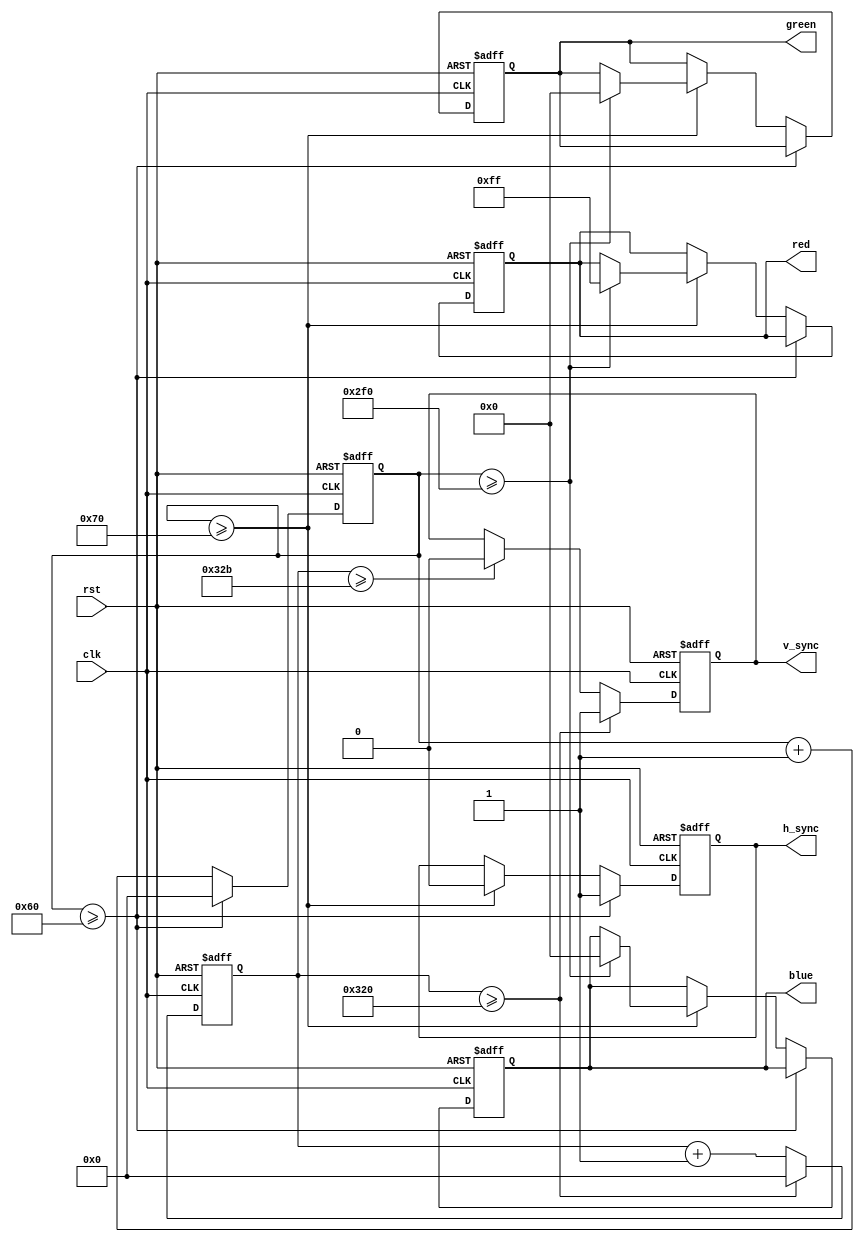
module vga_controller (
    input clk,
    input rst,
    output reg h_sync,
    output reg v_sync,
    output reg [7:0] red,
    output reg [7:0] green,
    output reg [7:0] blue
);

// Define VGA timings
parameter H_SYNC_CYCLES = 96;
parameter H_FRONT_PORCH = 16;
parameter H_BACK_PORCH = 48;
parameter V_SYNC_LINES = 2;
parameter V_FRONT_PORCH = 11;
parameter V_BACK_PORCH = 31;

reg [10:0] h_counter = 0;
reg [10:0] v_counter = 0;

always @(posedge clk or negedge rst) begin
    if (!rst) begin
        h_counter <= 0;
        v_counter <= 0;
        h_sync <= 0;
        v_sync <= 0;
        red <= 0;
        green <= 0;
        blue <= 0;
    end else begin
        h_counter <= h_counter + 1;
        v_counter <= v_counter + 1;
        
        if (h_counter >= H_SYNC_CYCLES) begin
            h_counter <= 0;
            h_sync <= 1;
        end else if (h_counter >= H_SYNC_CYCLES + H_FRONT_PORCH) begin
            h_sync <= 0;
            if (h_counter >= H_SYNC_CYCLES + H_FRONT_PORCH + 640) begin
                red <= 8'b11111111;
                green <= 8'b00000000;
                blue <= 8'b00000000;
            end
        end
        
        if (v_counter >= 800) begin
            v_counter <= 0;
            v_sync <= 1;
        end else if (v_counter >= 800 + V_FRONT_PORCH) begin
            v_sync <= 0;
        end
    end
end

endmodule